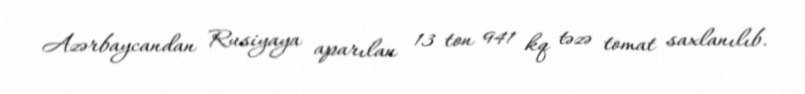
Azərbaycandan Rusiyaya aparılan 13 ton 941 kq təzə tomat saxlanılıb.